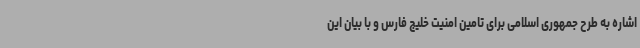
اشاره به طرح جمهوری اسلامی برای تامین امنیت خلیج فارس و با بیان این